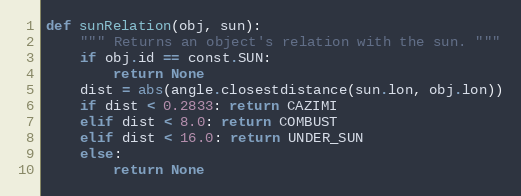
Language: Python
def sunRelation(obj, sun):
    """ Returns an object's relation with the sun. """
    if obj.id == const.SUN:
        return None
    dist = abs(angle.closestdistance(sun.lon, obj.lon))
    if dist < 0.2833: return CAZIMI
    elif dist < 8.0: return COMBUST
    elif dist < 16.0: return UNDER_SUN
    else:
        return None